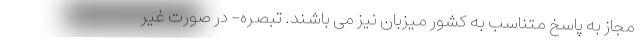
مجاز به پاسخ متناسب به کشور میزبان نیز می باشند. تبصره- در صورت غیر